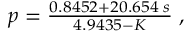
\begin{array} { r } { p = \frac { 0 . 8 4 5 2 + 2 0 . 6 5 4 \; s } { 4 . 9 4 3 5 - K } \; , } \end{array}